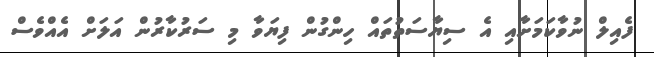
ފެއިލް ނުވާކަމަށާއި އެ ސިޔާސަތުތައް ހިންގުން ފިޔަވާ މި ސަރުކާރުން އަލަށް އެއްވެސް